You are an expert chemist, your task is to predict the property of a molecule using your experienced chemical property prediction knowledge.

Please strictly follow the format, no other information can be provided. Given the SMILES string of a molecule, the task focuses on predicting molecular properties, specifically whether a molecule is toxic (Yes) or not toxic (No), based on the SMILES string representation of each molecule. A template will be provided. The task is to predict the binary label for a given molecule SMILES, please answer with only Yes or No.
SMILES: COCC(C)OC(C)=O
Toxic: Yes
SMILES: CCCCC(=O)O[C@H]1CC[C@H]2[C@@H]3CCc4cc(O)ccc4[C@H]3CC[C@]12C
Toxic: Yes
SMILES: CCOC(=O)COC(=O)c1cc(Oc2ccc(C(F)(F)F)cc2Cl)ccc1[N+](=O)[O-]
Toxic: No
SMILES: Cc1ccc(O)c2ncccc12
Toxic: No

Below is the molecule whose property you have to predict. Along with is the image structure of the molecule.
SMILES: CC(N)Cc1ccc(O)cc1
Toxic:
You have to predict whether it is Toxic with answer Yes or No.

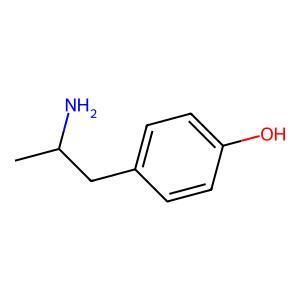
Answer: No